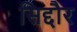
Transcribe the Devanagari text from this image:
सिद्दौर